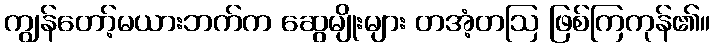
ကျွန်တော့်မယားဘက်က ဆွေမျိုးများ တအံ့တဩ ဖြစ်ကြကုန်၏။